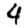
Digit: 4